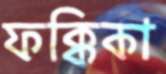
ফক্কিকা